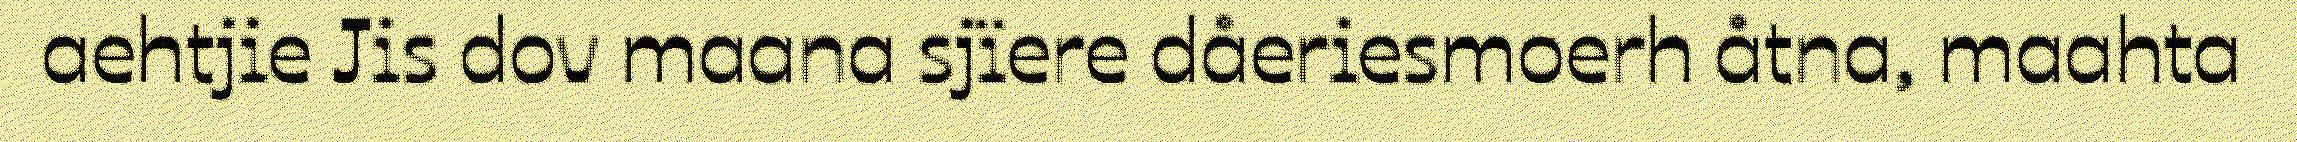
aehtjie Jis dov maana sjïere dåeriesmoerh åtna, maahta